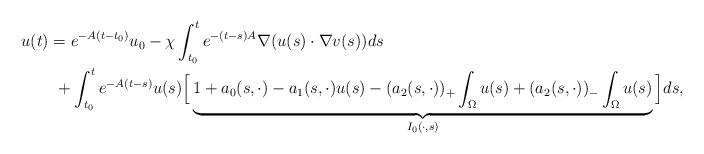
LaTeX: \begin{align*}u(t)&=e^{-A(t-t_0)}u_0-\chi\int_{t_0}^t e^{-(t-s)A}\nabla(u (s)\cdot\nabla v(s))ds \\&\,\,+\int_{t_0}^t e^{-A(t-s)}u(s)\Big[\underbrace{1+a_0(s,\cdot)-a_1(s,\cdot)u(s)-(a_2(s,\cdot))_+\int_{\Omega}u(s) +(a_2(s,\cdot))_-\int_{\Omega}u(s)}_{I_0(\cdot,s)}\Big] ds,\end{align*}